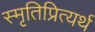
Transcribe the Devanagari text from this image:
स्मृतिप्रित्यर्थ